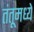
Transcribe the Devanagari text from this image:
तंतूमध्ये